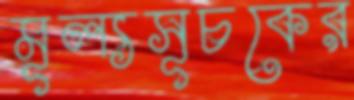
মূল্যসূচকের